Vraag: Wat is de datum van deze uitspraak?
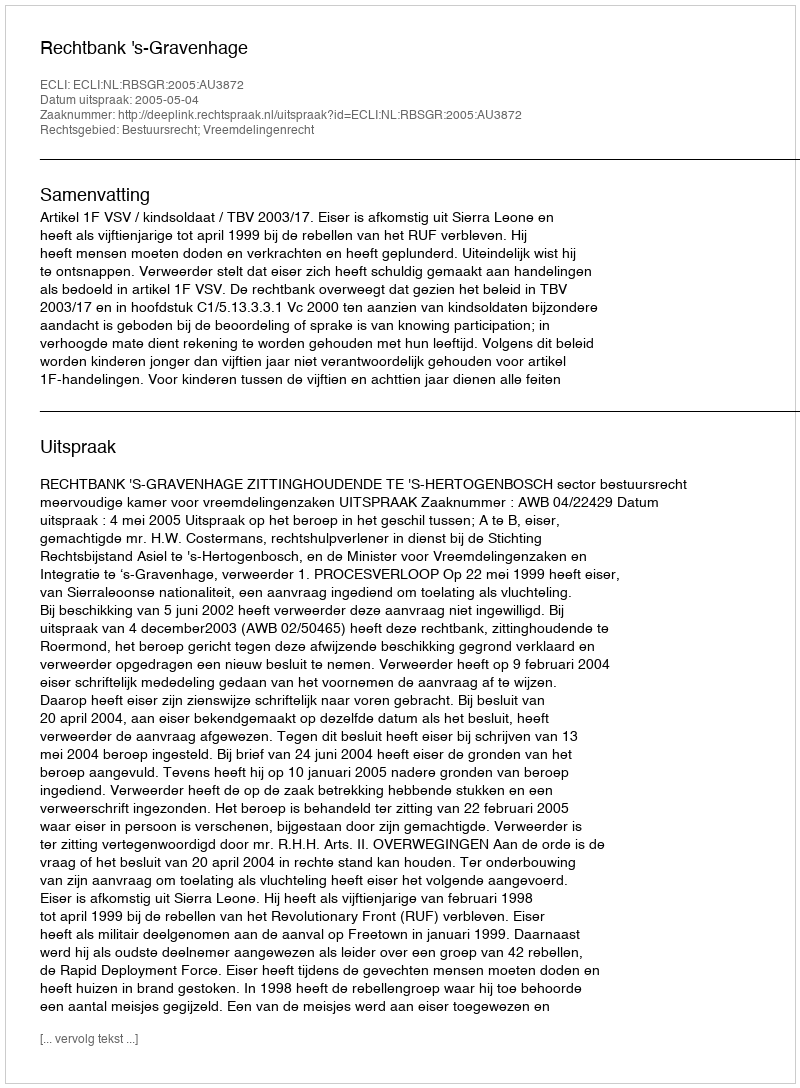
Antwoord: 2005-05-04